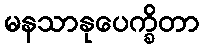
မနသာနုပေက္ခိတာ